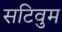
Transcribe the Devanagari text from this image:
सटिवुम